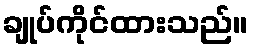
ချုပ်ကိုင်ထားသည်။